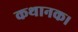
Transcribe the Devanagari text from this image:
कथानक।